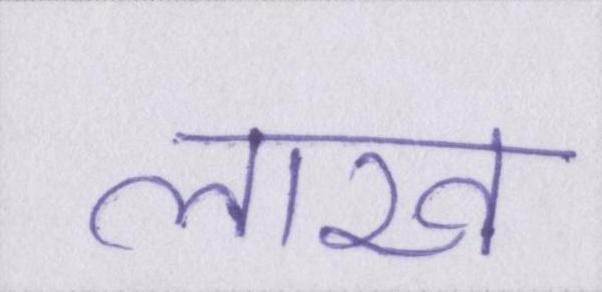
लाख